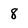
Character: 8